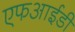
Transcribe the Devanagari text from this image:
एफआईडी